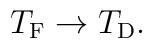
T_{{\rm F}}\rightarrow T_{{\rm D}}.